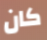
كان